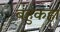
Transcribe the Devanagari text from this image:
बहुकहा